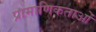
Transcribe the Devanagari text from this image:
प्रामाणिकताओं